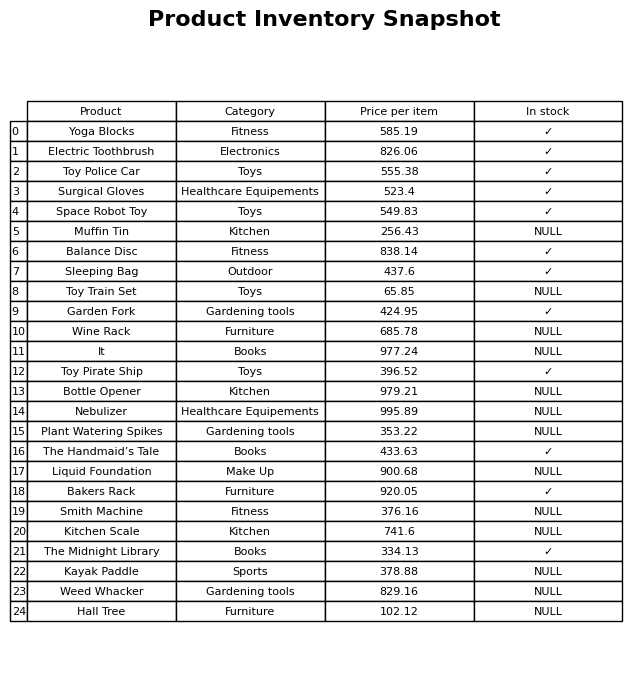
question: What is the price for Space Robot Toy?
answer: The price of Space Robot Toy is 549.83.